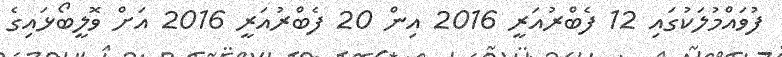
ފުވައްމުލަކުގައި 12 ފެބްރުއަރީ 2016 އިން 20 ފެބްރުއަރީ 2016 އަށް ވޮލީބޯޅައިގެ